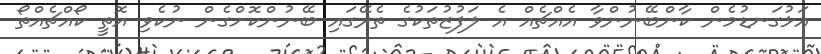
އަޅުގަނޑުމެން ކާންބޭނުންވާ އެއްޗެއް އެ ލަފުޒުތަކުގެ ތެެރޭގައި ބޭނުންކޮށްގެން ނުކެވި އޮތީ ކޯއްޗެއްތޯ